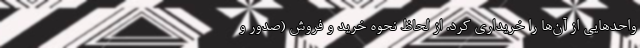
واحدهایی از آن‌ها را خریداری کرد. از لحاظ نحوه خرید و فروش (صدور و